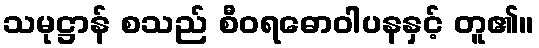
သမုဋ္ဌာန် စသည် စီဝရဓောဝါပနနှင့် တူ၏။